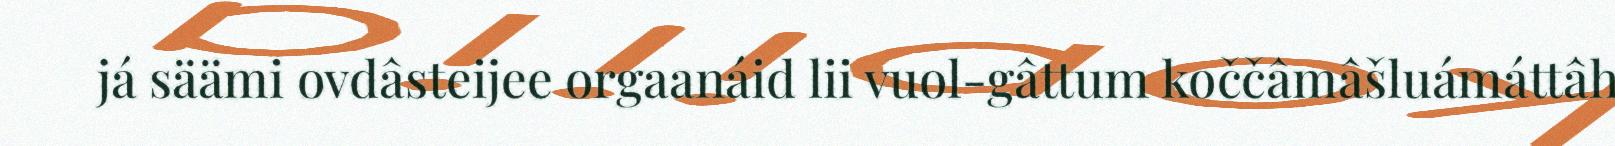
já säämi ovdâsteijee orgaanáid lii vuol-gâttum koččâmâšluámáttâh